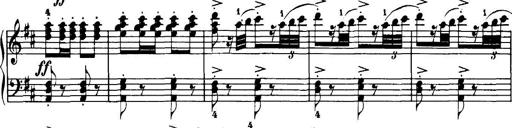
Title: 7 Sonatinas
Composer: Anton Diabelli